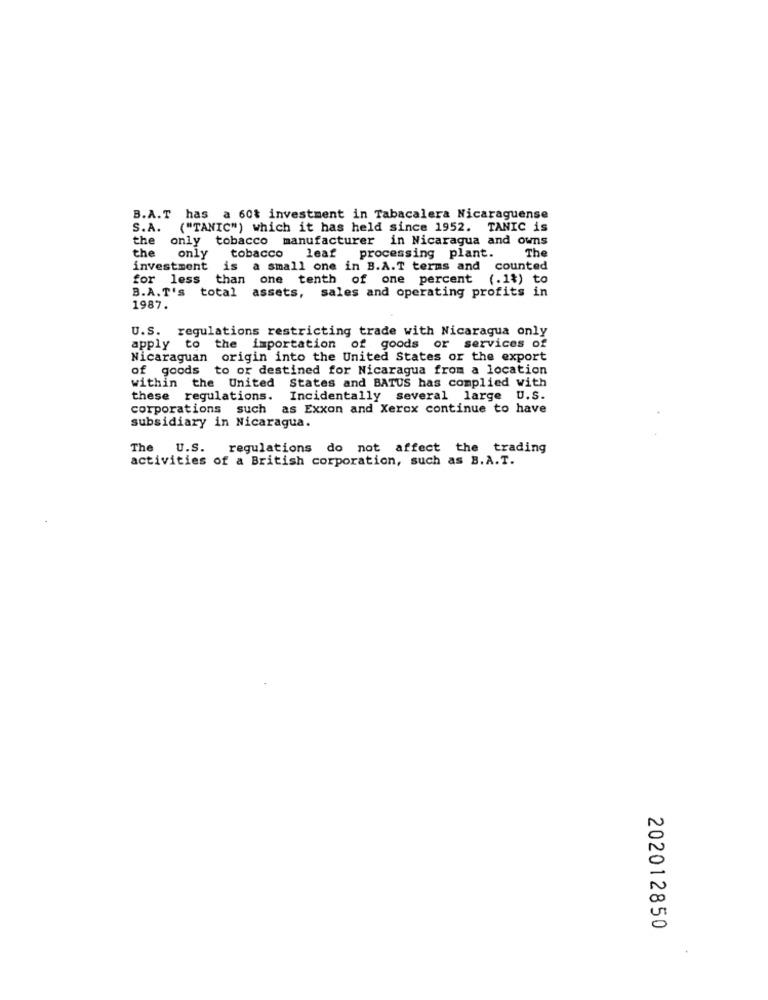
B.A.T has a 60& investment in Tabacalera Nicaraguense
S.A. ("TANIC") which it has held since 1952. TANIC is
the
only tobacco
manufacturer in Nicaragua and owns
the
only tobacco leaf processing plant.
The
investment is a small one in B.A.T terms and counted
for less than one tenth of one percent (.1%) to
B.A.T's total assets, sales and operating profits in
1987.
U.S. regulations restricting trade with Nicaragua only
apply to the importation of goods or services of
Nicaraguan origin into the United States or the export
of goods to or destined for Nicaragua from a location
within the United States and BATUS has complied with
these regulations.
Incidentally several large U.S.
corporations such as Exxon and Xerox continue to have
subsidiary in Nicaragua.
The
U.S. regulations do not affect the trading
activities of a British corporation, such as B.A.T.
202012850